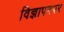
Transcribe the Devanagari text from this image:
विज्ञापनपर